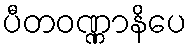
ပီတဝဏ္ဏာနိပေ